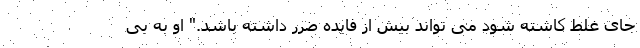
جای غلط کاشته شود می تواند بیش از فایده ضرر داشته باشد." او به بی